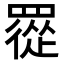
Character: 𦌇